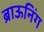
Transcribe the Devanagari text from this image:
ब्राऊनिंग